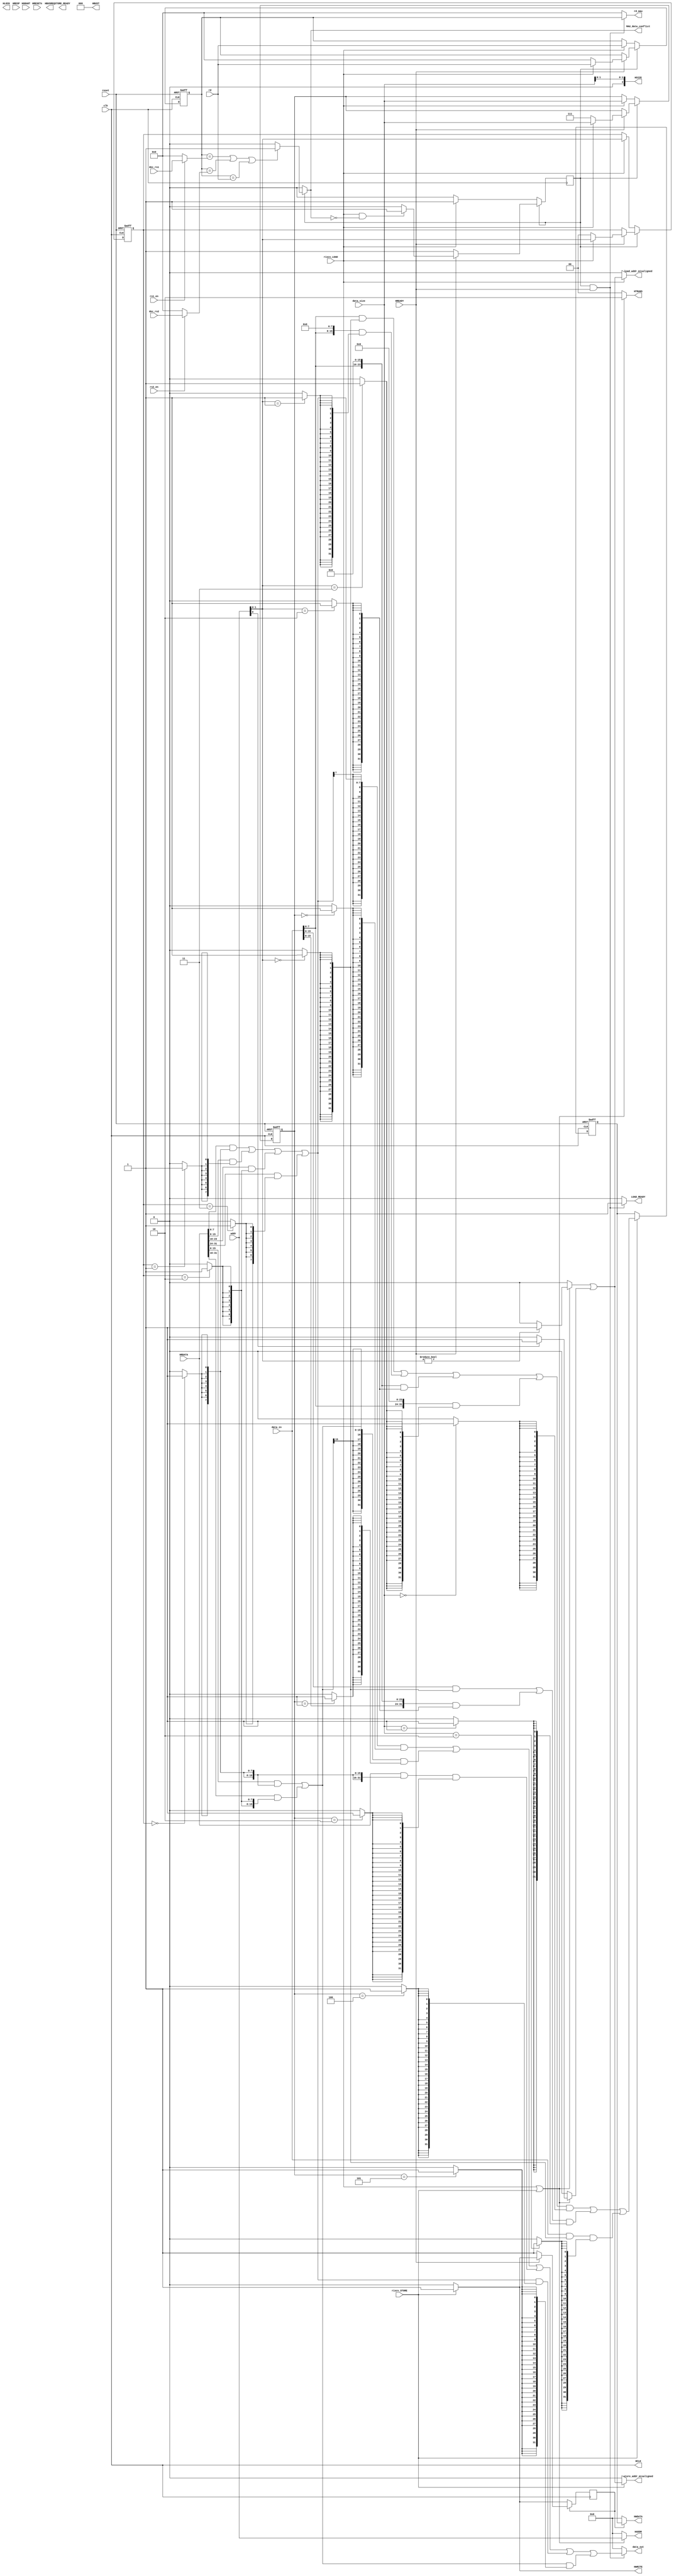
//AHB

//
`define OKAY  2'b00
`define ERROR 2'b01
`define RETRY 2'b10
`define SPLIT 2'b11

//
`define IDLE 	2'b00 //
`define BUSY 	2'b01 
`define NONSEQ 2'b10 //
`define SEQ 	2'b11

/*
ahb
HTRANS 	
HWRITE 	 
HSIZE		
HBUST		
HRESP		
HREADY	

*/

module MAU (
//
	output HCLK,
	input HRESETn,
	output [31:0]HADDR,  //
	output [1:0]HTRANS,  //
	output [31:0]HWDATA, //
	input [31:0]HRDATA,  //
	output HWRITE,       //,
	output [2:0]HSIZE,   //,3'b000 Byte,3'b001 HalfWord,3'b010 Word
	output [2:0]HBUST,   //bust3'b000
	output HBUSREQ,      //
	output HLOCK,        //
	input [1:0]HRESP,    //
	input HGRANT,        //
	input HREADY,        //

//CPU
	input riscv_LOAD,
	input riscv_STORE,
	input [31:0]addr,
	input [31:0]data_in,
	input [4:0]rd,
	output [31:0]data_out,
	output [4:0]rd_mau,
	input [2:0]data_size,
	input clk,
	input reset,
	
	input rs1_en,
	input rs2_en,
	input [4:0]dec_rs1  ,
	input [4:0]dec_rs2  ,
	
	output LOAD_READY,
	output STORE_READY,
	output reg MAU_data_conflict,
	output load_addr_misaligned,	//
	output store_addr_misaligned
);

reg [1:0]addr_buf;
reg [31:0]data_buf;
reg [2:0]data_size_buf;
reg [4:0]rd_buf;
//
reg read_flag;
reg write_flag;
wire [31:0]addr_out;

wire mau_req;
wire four_byte_misaligned;
wire two_byte_misaligned;
wire misaligned;


wire lbu_buf;
wire lhu_buf;
wire HADDR_outen;

wire req_flag;

assign mau_req = riscv_LOAD|riscv_STORE;
assign req_flag = write_flag|read_flag;
assign HTRANS = (mau_req == 1'b1)?`NONSEQ:`IDLE;


assign HSIZE = {1'b0,data_size[1:0]};
assign HCLK = clk;
assign HBUST = 3'b000;//
assign HWRITE = (riscv_STORE == 1'b1)?1'b1:(riscv_LOAD == 1'b1)?1'b0:1'b0;
//-----------------------------------------------------------------------\\\\
assign four_byte_misaligned = (mau_req == 1'b1)?
										(addr[1:0] != 2'b00)?1'b1:1'b0
										:1'b0;
assign two_byte_misaligned = (mau_req == 1'b1)?
										(addr[0] != 1'b0)?1'b1:1'b0
										:1'b0;
assign misaligned = four_byte_misaligned|two_byte_misaligned;


assign load_addr_misaligned = (riscv_LOAD == 1'b1)?misaligned:1'b0;
assign store_addr_misaligned = (riscv_STORE == 1'b1)?misaligned:1'b0;

//--------------------------------------------------------------------------\\\\

wire byte;
wire half_word;
wire word;

wire byte_buf;
wire half_word_buf;
wire word_buf;

assign byte = (data_size == 3'b000)?1'b1:1'b0;
assign half_word  = (data_size == 3'b001)?1'b1:1'b0;
assign word  = (data_size == 3'b010)?1'b1:1'b0;

assign byte_buf = (data_size_buf == 3'b000)?1'b1:1'b0;
assign half_word_buf  = (data_size_buf == 3'b001)?1'b1:1'b0;
assign word_buf  = (data_size_buf == 3'b010)?1'b1:1'b0;
assign lbu_buf =  (data_size_buf == 3'b100)?1'b1:1'b0;
assign lhu_buf =  (data_size_buf == 3'b101)?1'b1:1'b0;



//-------------------load-----------------------------------------------------\\\\

wire addr_buf_one;
wire addr_buf_two;
wire addr_buf_three;
wire addr_buf_four;

assign addr_buf_one = (addr_buf[1:0] == 2'b00)?1'b1:1'b0;
assign addr_buf_two = (addr_buf[1:0] == 2'b01)?1'b1:1'b0;
assign addr_buf_three = (addr_buf[1:0] == 2'b10)?1'b1:1'b0;
assign addr_buf_four = (addr_buf[1:0] == 2'b11)?1'b1:1'b0;

wire [7:0]byte_in;
wire [15:0]half_word_in;
wire [31:0]word_in;
wire [31:0]load_data_in;

assign byte_in = 	(HRDATA[7:0]&{8{addr_buf_one}})|
					(HRDATA[15:8]&{8{addr_buf_two}})|
					(HRDATA[23:16]&{8{addr_buf_three}})|
					(HRDATA[31:24]&{8{addr_buf_four}});
assign half_word_in = 	(HRDATA[15:0]&{16{addr_buf_one}})|
						(HRDATA[31:16]&{16{addr_buf_three}});
assign word_in = (HRDATA[31:0]&{32{addr_buf_one}});

assign load_data_in = 	({{24{byte_in[7]}},byte_in[7:0]} & {32{byte_buf}})|
						({{16{half_word_in[15]}},half_word_in[15:0]} & {32{half_word_buf}})|
						(word_in & {32{word_buf}})|
						({{24{1'b0}},byte_in[7:0]} & {32{lbu_buf}})|
						({{16{1'b0}},half_word_in[15:0]} & {32{lhu_buf}});
								
								


//-------------------store----------------------------------------------------\\\\

wire addr_one;
wire addr_two;
wire addr_three;
wire addr_four;
wire [31:0]store_data_out;
wire [31:0]byte_out;
wire [31:0]half_word_out;
wire [31:0]word_out;

assign addr_one = (addr[1:0] == 2'b00)?1'b1:1'b0;
assign addr_two = (addr[1:0] == 2'b01)?1'b1:1'b0;
assign addr_three = (addr[1:0] == 2'b10)?1'b1:1'b0;
assign addr_four = (addr[1:0] == 2'b11)?1'b1:1'b0;

assign byte_out = ({{24{1'b0}},data_in[7:0]}&{32{addr_one}})|
						({{16{1'b0}},data_in[7:0],{8{1'b0}}}&{32{addr_two}})|
						({{8{1'b0}},data_in[7:0],{16{1'b0}}}&{32{addr_three}})|
						({data_in[7:0],{24{1'b0}}}&{32{addr_four}});
						
assign half_word_out = ({{16{1'b0}},data_in[15:0]}&{32{addr_one}})|
							  ({data_in[15:0],{16{1'b0}}}&{32{addr_three}});

assign word_out = {data_in & {32{addr_one}}};

assign store_data_out = (byte_out & {32{byte}})|
								(half_word_out & {32{half_word}})|
								(word_out & {32{word}});

								
assign addr_out = addr;
assign HADDR_outen = mau_req;
assign HWDATA = (write_flag == 1'b1)?data_buf:32'h00000000;
assign HADDR = (HADDR_outen == 1'b1)?addr_out:32'h00000000;


//-----------------------------------------------------------------------\\\\

always@(posedge clk) begin
	if(read_flag == 1'b1)begin
		if(HREADY == 1'b1) begin
			if((riscv_LOAD == 1'b1)&&(MAU_data_conflict == 1'b0))begin
				read_flag <= 1'b1;
			end
			else begin
				read_flag <= 1'b0;
			end
		end
		else begin
		end
	end
	else begin
		if(riscv_LOAD == 1'b1)begin
				read_flag <= 1'b1;
		end
	end
end


always@(posedge clk) begin
	if(write_flag == 1'b1)begin
		if(HREADY == 1'b1) begin
			if(riscv_STORE == 1'b1)begin
				write_flag <= 1'b1;
			end
			else begin
				write_flag <= 1'b0;
			end
		end
		else begin
		end
	end
	else begin
		if(riscv_STORE == 1'b1)begin
				write_flag <= 1'b1;
		end
	end
end


//-----------------------------------------------------------------------\\\\

assign data_out = ((read_flag == 1'b1)&&(HREADY == 1'b1))?load_data_in:32'h00000000;
assign rd_mau = ((read_flag == 1'b1)&&(HREADY == 1'b1))?rd_buf:5'b00000;
assign LOAD_READY =((read_flag == 1'b1)&&(HREADY == 1'b1))?1'b1:1'b0;


always@(posedge clk,negedge reset)begin
	if (~reset) begin
		data_size_buf <= 3'b111;
	end
	else begin
		if(read_flag == 1'b1)begin
			if(HREADY == 1'b1) begin
				if(riscv_LOAD == 1'b1)begin
					data_size_buf <= data_size;
				end
				else begin
					data_size_buf <= 3'b111;
				end
			end
		end
		else begin
			if(riscv_LOAD == 1'b1)begin
				data_size_buf <= data_size;
			end
		end
	end
end

always@(posedge clk,negedge reset)begin
	if (~reset) begin
		addr_buf <= 2'b00;
	end
	
	else begin
		if(read_flag == 1'b1)begin
			if(HREADY == 1'b1) begin
				if(riscv_LOAD == 1'b1)begin
					addr_buf <= addr[1:0];
				end
				else begin
					addr_buf <= 2'b00;
				end
			end
		end
		else begin
			if(riscv_LOAD == 1'b1)begin
				addr_buf <= addr[1:0];
			end
		end
	end
end


always@(posedge clk,negedge reset)begin
	if (~reset) begin
		rd_buf <= 5'b00000;
	end
	else begin
		if(read_flag == 1'b1)begin
			if(HREADY == 1'b1) begin
				if(riscv_LOAD == 1'b1)begin
					rd_buf <= rd;
				end
				else begin
					rd_buf <= 5'b00000;
				end
			end
		end
		else begin
			if(riscv_LOAD == 1'b1)begin
				rd_buf <= rd;
			end
		end
	end
end




always@(posedge clk,negedge reset)begin
	if (~reset) begin
		data_buf <= 32'h00000000;
	end
	else begin
	if(riscv_STORE == 1'b1)
		data_buf <= store_data_out;
	end
end

//-----------------------------------------------------------------------\\\\
wire [4:0]rs1;
wire [4:0]rs2;

assign rs1 = (rs1_en == 1'b1)?dec_rs1:5'b00000;
assign rs2 = (rs2_en == 1'b1)?dec_rs2:5'b00000;

always@(*)begin
	if(read_flag == 1'b1)begin
		if((rd_buf == rs1)||(rd_buf == rs2)||(rd_buf == rd))begin
				MAU_data_conflict = 1'b1;
		end
		else
				MAU_data_conflict = 1'b0;
	end
	else
				MAU_data_conflict = 1'b0;
end



endmodule